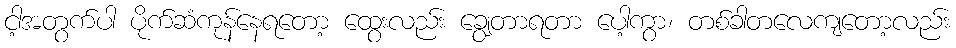
ငါ့အတွက်ပါ ပိုက်ဆံကုန်နေရတော့ ထွေးလည်း ချွေတာရတာ ပေါ့ကွာ၊ တစ်ခါတလေကျတော့လည်း